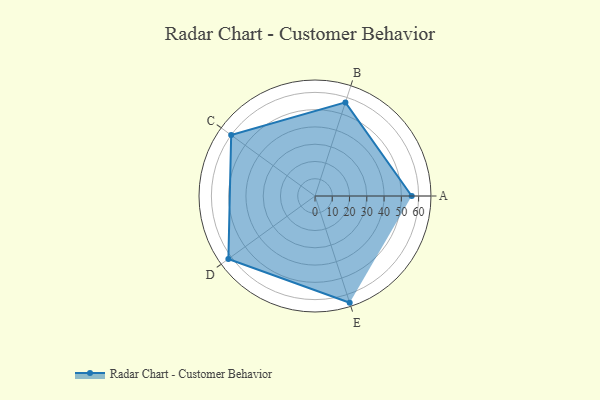
{"axis": {"x": "Skill", "y": "Score"}, "legend": ["Profile"], "data": [{"x": "A", "y": 56.0, "type": "Profile"}, {"x": "B", "y": 57.0, "type": "Profile"}, {"x": "C", "y": 60.0, "type": "Profile"}, {"x": "D", "y": 62.0, "type": "Profile"}, {"x": "E", "y": 65.0, "type": "Profile"}]}